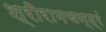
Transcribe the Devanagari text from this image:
श्रीरामचन्द्रं